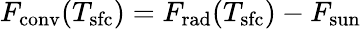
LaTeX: F_{\mathrm{conv}}(T_{\mathrm{sfc}})=F_{\mathrm{rad}}(T_{\mathrm{sfc}})-F_{\mathrm{sun}}